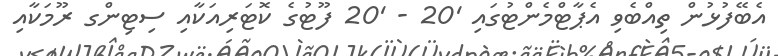
އެބޭފުޅުން ތިއްބެވި އެޕާޓްމެންޓުގައި '20 - '20 ފޫޓުގެ ކޮޓަރިއަކާއި ސިޓިންގ ރޫމަކާއި